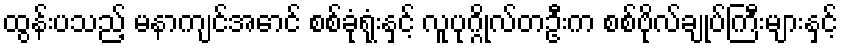
ထွန်းပသည့် မနာကျင်အောင် စစ်ခုံရုံးနှင့် လူပုဂ္ဂိုလ်တဦးက စစ်ဗိုလ်ချုပ်ကြီးများနှင့်